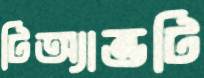
টিঅ্যান্ডটি